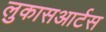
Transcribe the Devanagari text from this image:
लुकासआर्टस